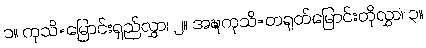
၁။ ကုသိ=မြောင်းရှည်လွှာ၊ ၂။ အဍ္ဎကုသိ=တရုတ်မြောင်းတိုလွှာ၊ ၃။